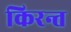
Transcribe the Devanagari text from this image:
किरन्त